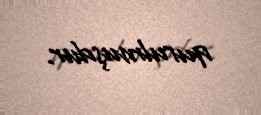
qurulmuşdur.